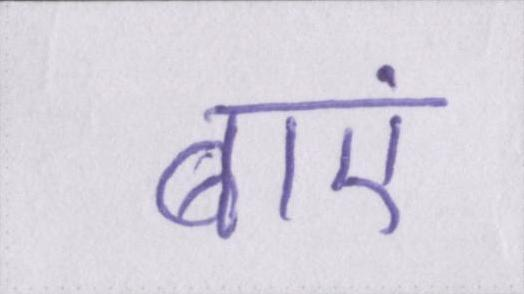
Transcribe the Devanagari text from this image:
बाएं